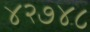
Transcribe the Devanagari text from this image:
४२७४८